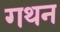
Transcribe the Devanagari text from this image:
गथन